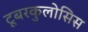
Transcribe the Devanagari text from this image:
टूबरकुलोसिस